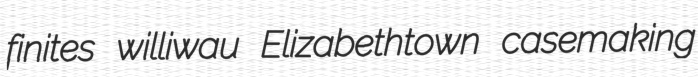
finites williwau Elizabethtown casemaking